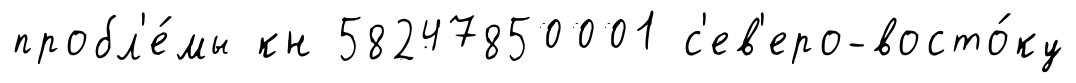
пробл'е́мы кн 58247850001 с'ев'еро-восто́ку